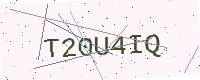
Text: T20U4IQ